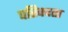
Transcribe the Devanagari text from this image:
परिक्वता